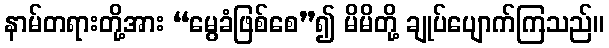
နာမ်တရားတို့အား “မွေခံဖြစ်စေ”၍ မိမိတို့ ချုပ်ပျောက်ကြသည်။